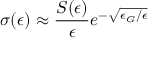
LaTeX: \sigma ( \epsilon ) \approx { \frac { S ( \epsilon ) } { \epsilon } } e ^ { - { \sqrt { \epsilon _ { G } / \epsilon } } }